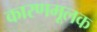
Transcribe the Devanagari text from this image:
कारणमूलक